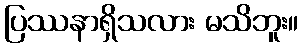
ပြဿနာရှိသလား မသိဘူး။